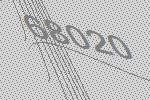
68020